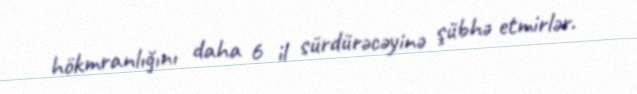
hökmranlığını daha 6 il sürdürəcəyinə şübhə etmirlər.